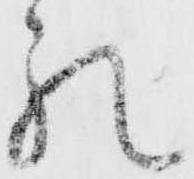
礼